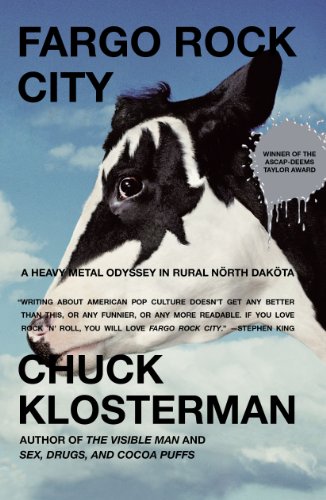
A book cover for Fargo Rock City: A Heavy Metal Odyssey in Rural North Dakota; Chuck Klosterman; Biographies & Memoirs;